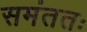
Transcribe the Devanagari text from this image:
समंततः